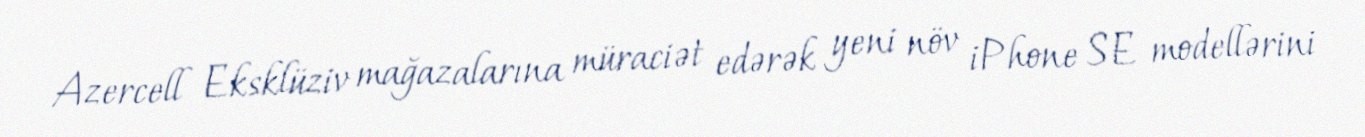
Azercell Eksklüziv mağazalarına müraciət edərək yeni növ iPhone SE modellərini